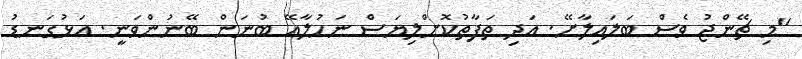
"މި ޗޭންޖު ވެސް ބަލައިލާށޭ. އަދި ތަފާތުކޮށްލިޔަސް ނަހުލާއޭ ބުނަން ބޭނުންވަނީ. އަޅުގަނޑު